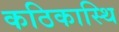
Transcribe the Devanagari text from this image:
कठिकास्थि